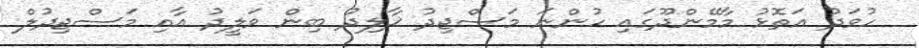
ހުވަދު އަތޮޅު މާމޭންދޫގައި ހުންނަ މަސްޖިދު ޚާލިދު ބިން ވަލީދު އާއި މަސްޖިދުލް